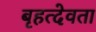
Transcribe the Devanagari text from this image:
बृहत्देवता